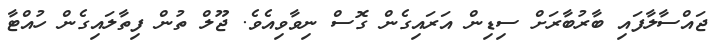
ޖައްސާލާފައި ބާރުބާރަށް ސިޑިން އަރައިގެން ގޮސް ނިވާވިއެވެ. ޖޫލް ތުން ފިތާލައިގެން ހުއްޓާ